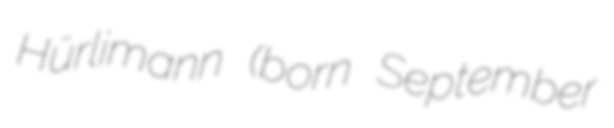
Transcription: Hürlimann (born September